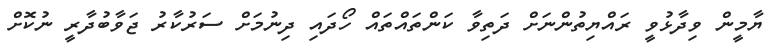
ޔާމީން ވިދާޅުވީ ރައްޔިތުންނަށް ދަތިވާ ކަންތައްތައް ހޯދައި ދިނުމަށް ސަރުކާރު ޖަވާބުދާރީ ނުކޮށް